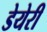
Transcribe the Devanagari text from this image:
डेयेरी